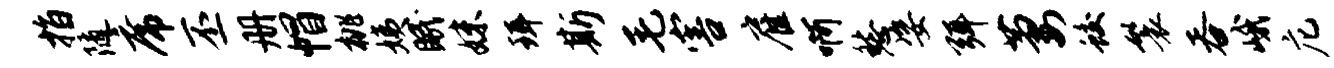
指随席丕册帽桃姨眠妹珥斯毛害雇啊愁姿弭萋蛟鬟吞峨庀